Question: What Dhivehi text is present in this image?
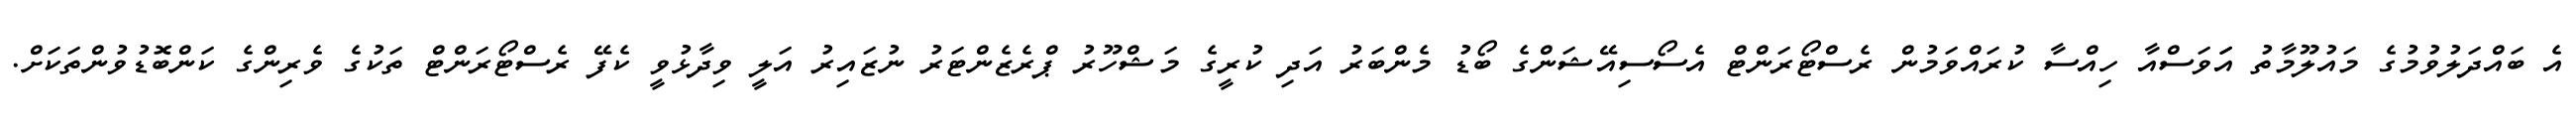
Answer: އެ ބައްދަލުވުމުގެ މައުލޫމާތު އަަވަސްއާ ހިއްސާ ކުރައްވަމުން ރެސްޓޯރަންޓް އެސޯސިއޭޝަންގެ ބޯޑު މެންބަރު އަދި ކުރީގެ މަޝްހޫރު ޕްރެޒެންޓަރު ނުޒައިރު އަލީ ވިދާޅުވީ ކެފޭ ރެސްޓޯރަންޓް ތަކުގެ ވެރިންގެ ކަންބޮޑުވުންތަކަށް.